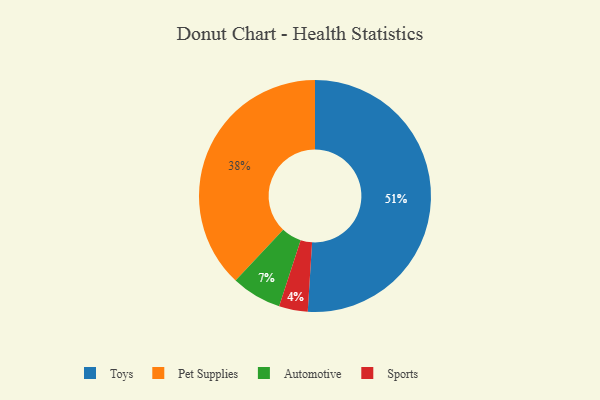
{"axis": {"x": "Category", "y": "Percentage"}, "legend": ["Automotive", "Pet Supplies", "Sports", "Toys"], "data": [{"x": "Pet Supplies", "y": 38, "type": "Pet Supplies"}, {"x": "Toys", "y": 51, "type": "Toys"}, {"x": "Sports", "y": 4, "type": "Sports"}, {"x": "Automotive", "y": 7, "type": "Automotive"}]}